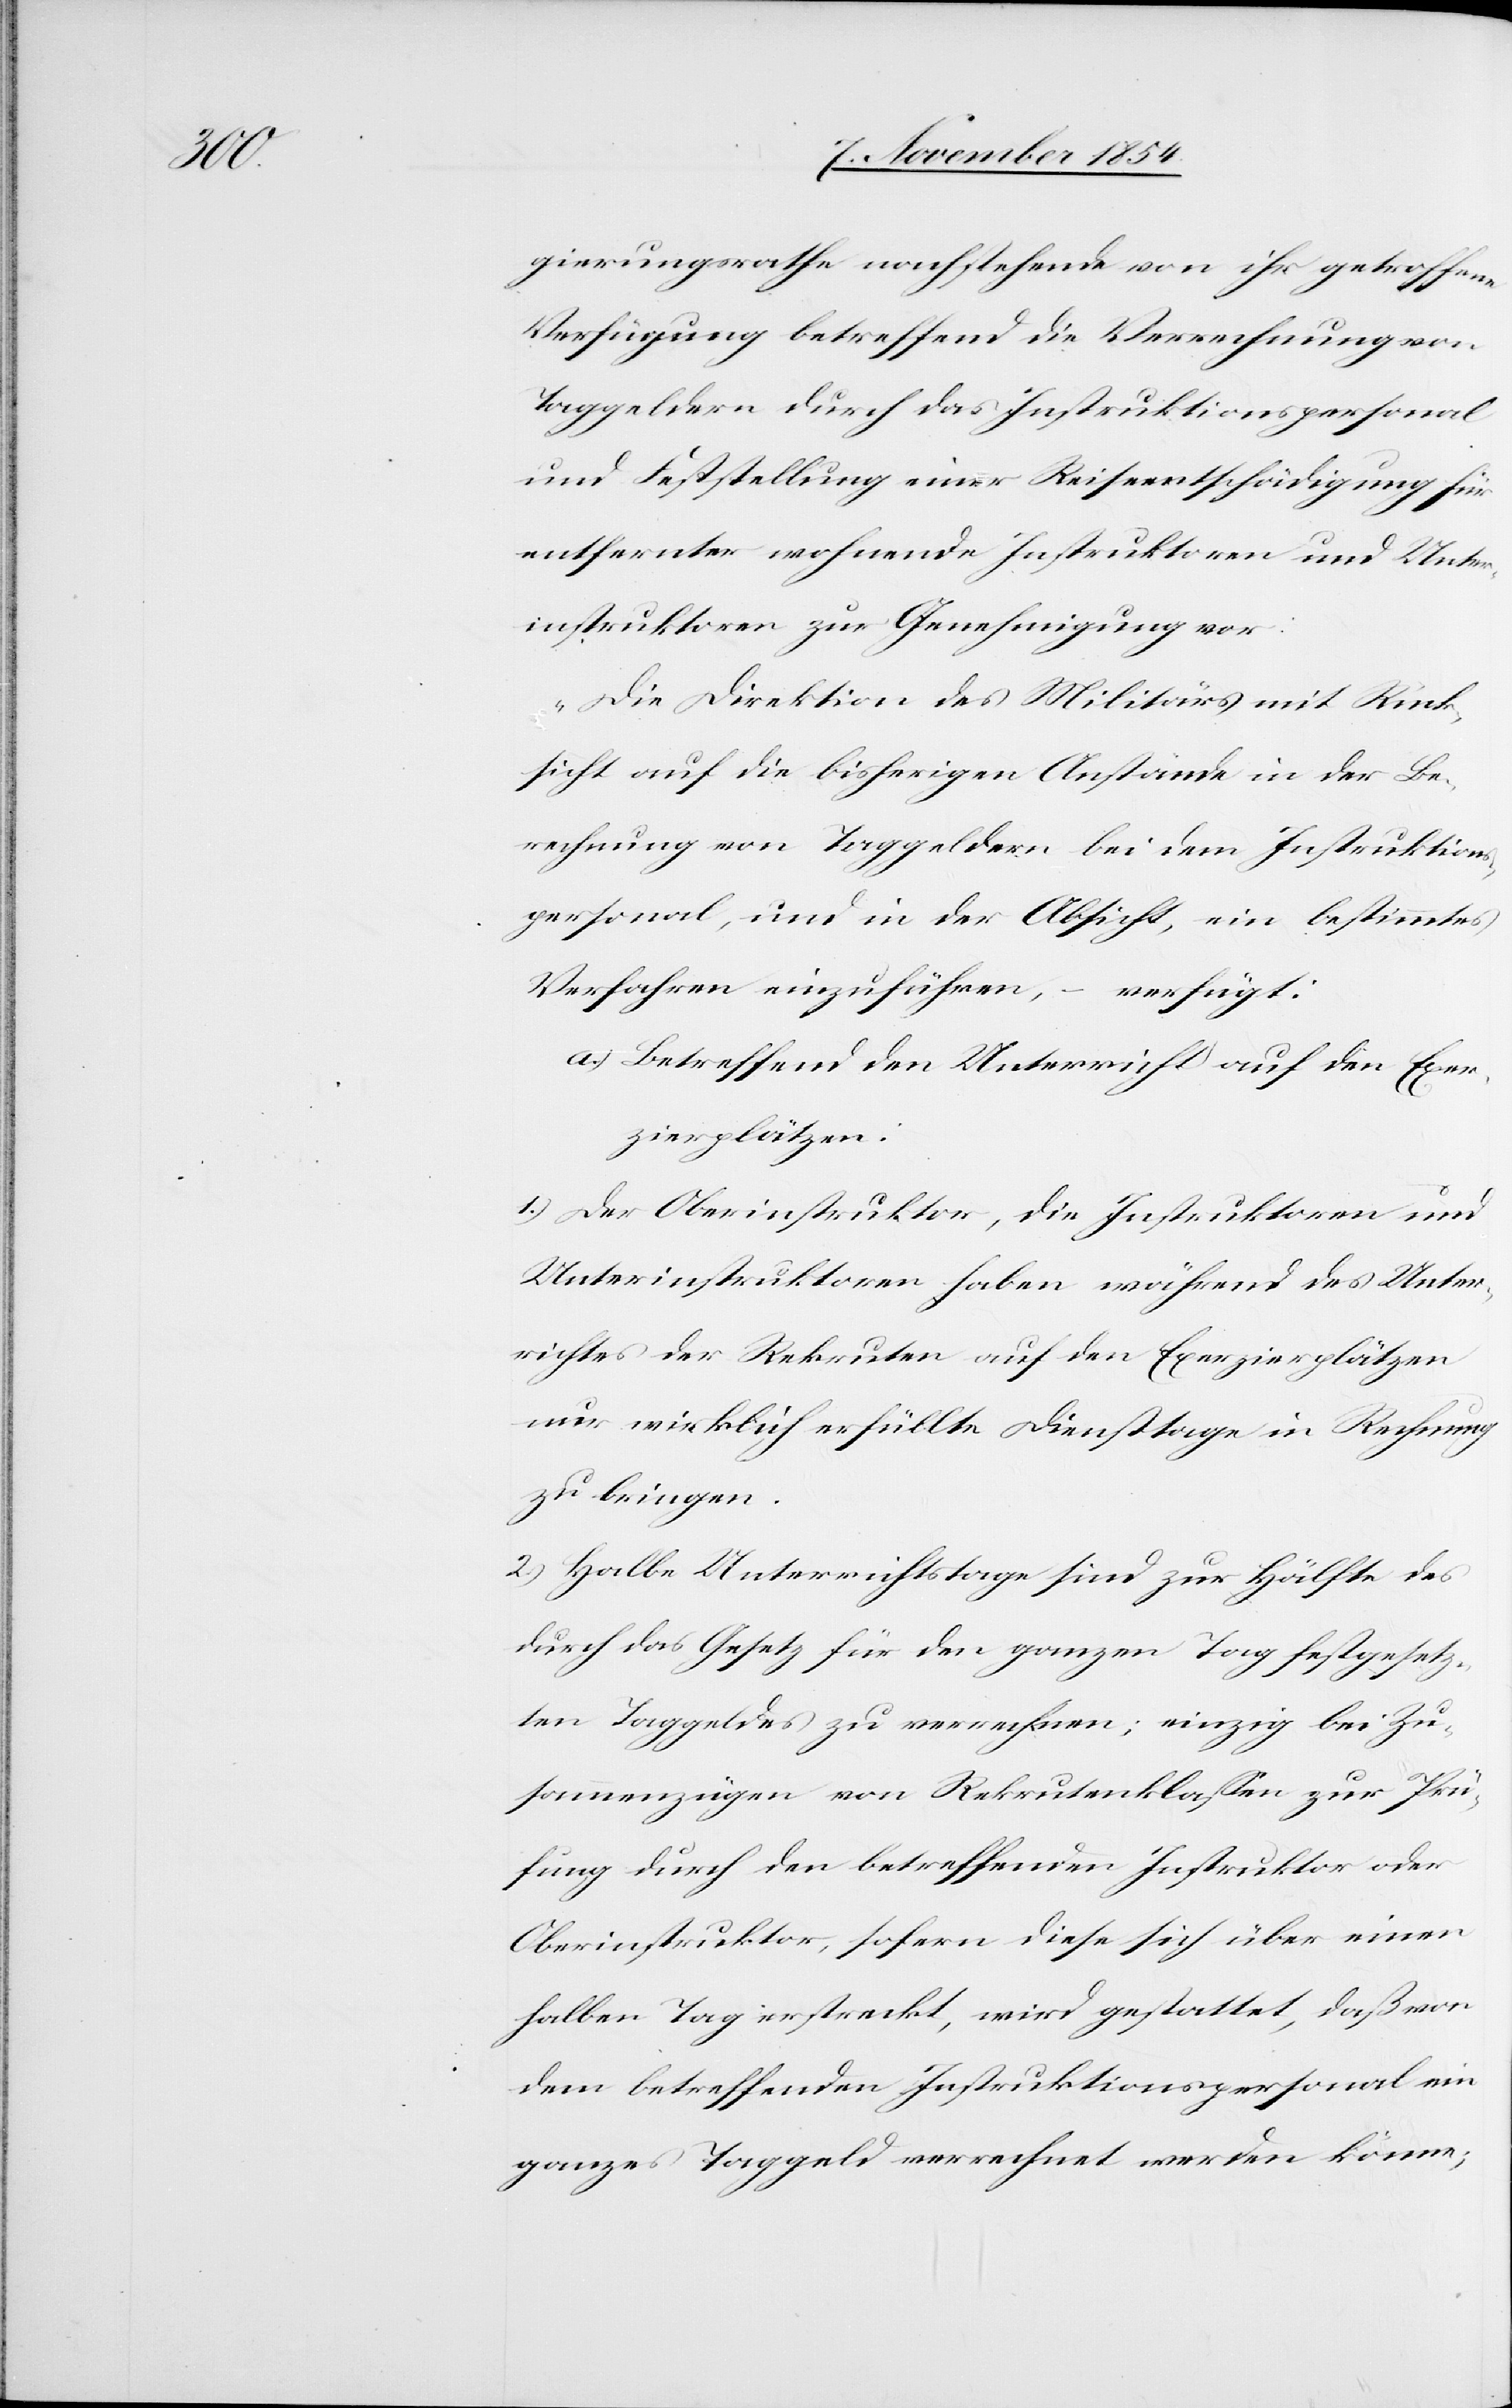
gierungsrathe nachstehende von ihr getroffene
Verfügung betreffend die Verrechnung von
Taggeldern durch das Instruktionspersonal
und Feststellung einer Reiseentschädigung für
entfernter wohnende Instruktoren und Unter¬
instruktoren zur Genehmigung vor:
„Die Direktion des Militärs mit Rück¬
sicht auf die bisherigen Anstände in der Be¬
rechnung von Taggeldern bei dem Instruktions¬
personal, und in der Absicht, ein bestimmtes
Verfahren einzuführen, – verfügt:
a.) Betreffend den Unterricht auf den Exer¬
zierplätzen:
1.) Der Oberinstruktor, die Instruktoren und
Unterinstruktoren haben während des Unter¬
richtes der Rekruten auf den Exerzierplätzen
nur wirklich erfüllte Diensttage in Rechnung
zu bringen.
2.) Halbe Unterrichtstage sind zur Hälfte des
durch das Gesetz für den ganzen Tag festgesetz¬
ten Taggeldes zu verrechnen; einzig bei Zu¬
sammenzügen von Rekrutenklaßen zur Prü¬
fung durch den betreffenden Instruktor oder
Oberinstruktor, sofern diese sich über einen
halben Tag erstreckt, wird gestattet, daß von
dem betreffenden Instruktionspersonal ein
ganzes Taggeld verrechnet werden könne;